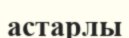
астарлы